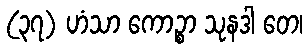
(၃၇) ဟံသာ ကောဉ္စာ သုနဒါ တေ၊